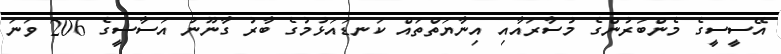
އޭސީސީގެ މެންބަރުންގެ މުސާރައާއި އިނާޔަތްތައް ކަނޑައަޅުމުގެ ބާރު ގާނޫނު އަސާސީގެ 206 ވަނަ